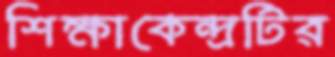
শিক্ষাকেন্দ্রটির